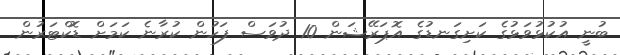
ބުނީ އުކުޅުވަޅުގެ ކަށިގަނޑުގެ އޮޕަރޭޝަން 10 ދުވަސް ފަހުން ކުރާނެ ކަމަށް ޑޮކްޓަރުން